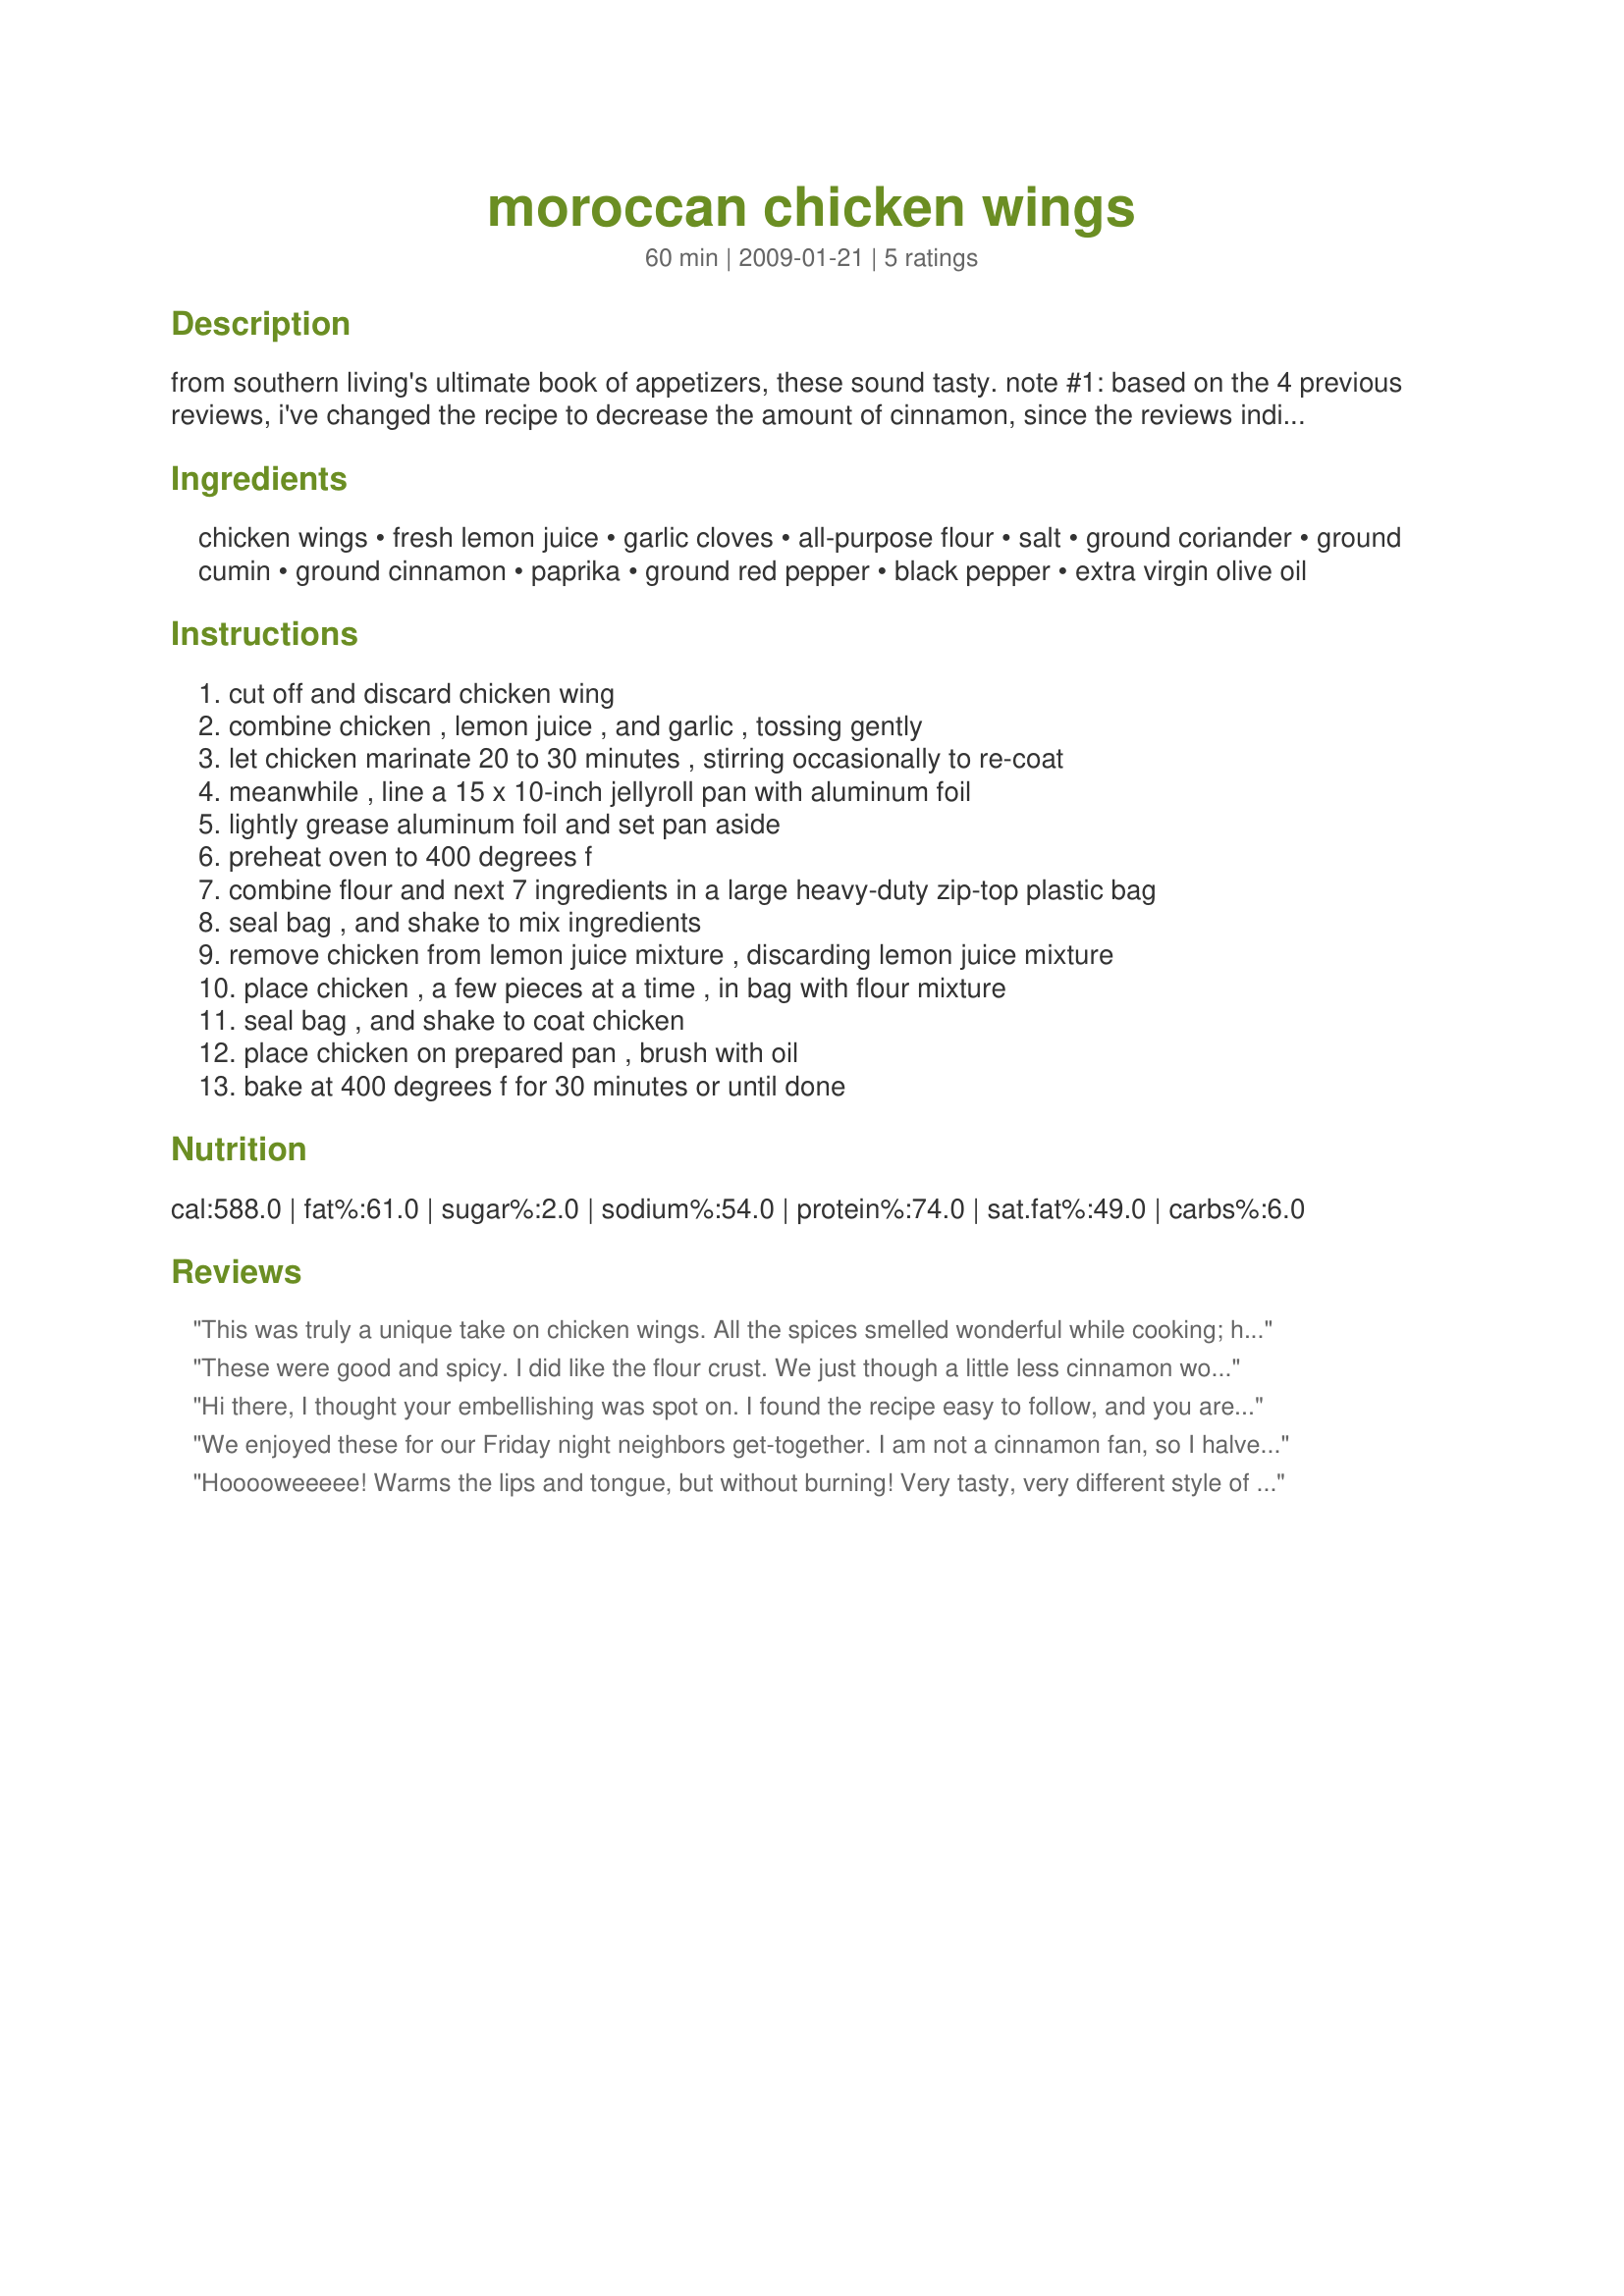
moroccan chicken wings
Preparation time: 60 minutes

from southern living's ultimate book of appetizers, these sound tasty.
note #1: based on the 4 previous reviews, i've changed the recipe to decrease the amount of cinnamon, since the reviews indicate that the recipe seems heavy on the cinnamon. original recipe calls for 2 tablespoons of cinnamon -- you make the call!
note #2: the directions for this recipe seemed somewhat lacking in the book, so i embellished a little. i would recommend for step #7, to either spray or spritz the oil on the chicken rather than brushing it on.

Ingredients:
chicken wings, fresh lemon juice, garlic cloves, all-purpose flour, salt, ground coriander, ground cumin, ground cinnamon, paprika, ground red pepper, black pepper, extra virgin olive oil

Steps:
cut off and discard chicken wing, combine chicken , lemon juice , and garlic , tossing gently, let chicken marinate 20 to 30 minutes , stirring occasionally to re-coat, meanwhile , line a 15 x 10-inch jellyroll pan with aluminum foil, lightly grease aluminum foil and set pan aside, preheat oven to 400 degrees f, combine flour and next 7 ingredients in a large heavy-duty zip-top plastic bag, seal bag , and shake to mix ingredients, remove chicken from lemon juice mixture , discarding lemon juice mixture, place chicken , a few pieces at a time , in bag with flour mixture, seal bag , and shake to coat chicken, place chicken on prepared pan , brush with oil, bake at 400 degrees f for 30 minutes or until done

Reviews:
This was truly a unique take on chicken wings. All the spices smelled wonderful while cooking; however, the cinnamon easily overpowered the others. I would cut back on the cinnamon next time. I sprayed on the cooking oil as suggested. A lot of the crust coating did fall off while cooking. Thanks for sharing this. Made for ZWT6.
These were good and spicy. I did like the flour crust. We just though a little less cinnamon would have been better. I took your suggestions and sprayed the wings with cooking spray before placing in the oven. Made for ZWT 6.
Hi there, I thought your embellishing was spot on. I found the recipe easy to follow, and you are right they are very tasty. I had eaten some and then realized that I needed a picture, so I had to stop myself eating anymore. I did cut the recipe in half as itâ€™s just the two of us but there was plenty for us to pick at. Next time we have the kids over I will make the full amount as I think they will love them. I also sprayed them with oil if you brushed them I think you would brush off all the coating and itâ€™s to good to waste. Thank you for posting a very nice and tasty recipe. Made for ZWT#6 2010.
We enjoyed these for our Friday night neighbors get-together. I am not a cinnamon fan, so I halved it, and could have done without it and added more ground coriander. But it was enjoyed by most spice loving folks! Many thought it was too heavy on the cinnamon though, even thogh I halved it , it was a lovely Friday Night finger food!
Hooooweeeee! Warms the lips and tongue, but without burning! Very tasty, very different style of wing. The coating is soft and extremely flavorful. That being said, a few procedural problems. First, this is way too much coating, with an awful lot of spice being wasted. I had nearly 2/3 of the flour and spice mixture still left in the bag, after wings were completely coated. Depending on brand, just the red pepper alone costs $2 - $5 in this recipe. Keep the same proportions, but reduce the amount of every coating ingredient. And I agree with 2 points of the other reviews: #1 just a little cinnamon goes a LONG way and #2 brushing on oil would be almost impossible; use some cooking spray with olive oil in it. But if you're a wing lover, it's definitely a recipe worth trying.
